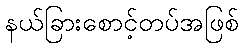
နယ်ခြားစောင့်တပ်အဖြစ်